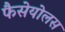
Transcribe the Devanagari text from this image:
फैसेयोलस